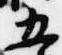
五